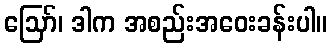
ဪ၊ ဒါက အစည်းအဝေးခန်းပါ။